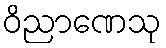
ဝိညာဏေသု